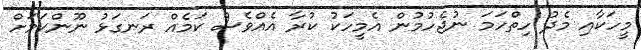
މީހަކާއި މެދު ހިތްހަމަ ނުޖެހުމުން އެމީހަކު ކުރާ އެއްވެސް ކަމެއް ރަނގަޅު ނޫންކަމަށް